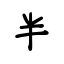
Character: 半